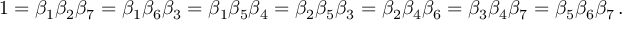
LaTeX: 1 = \beta _ { 1 } \beta _ { 2 } \beta _ { 7 } = \beta _ { 1 } \beta _ { 6 } \beta _ { 3 } = \beta _ { 1 } \beta _ { 5 } \beta _ { 4 } = \beta _ { 2 } \beta _ { 5 } \beta _ { 3 } = \beta _ { 2 } \beta _ { 4 } \beta _ { 6 } = \beta _ { 3 } \beta _ { 4 } \beta _ { 7 } = \beta _ { 5 } \beta _ { 6 } \beta _ { 7 } \, .